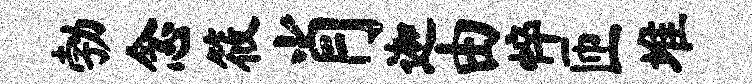
勃念筱肖迦由悴匝堆